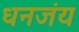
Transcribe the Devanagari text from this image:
धनजंय